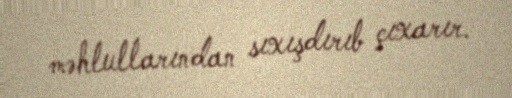
məhlullarından sıxışdırıb çıxarır.